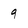
Character: 9